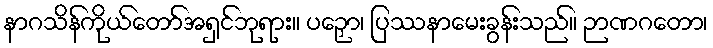
နာဂသိန်ကိုယ်တော်အရှင်ဘုရား။ ပဉှော၊ ပြဿနာမေးခွန်းသည်။ ဉာဏဂတော၊